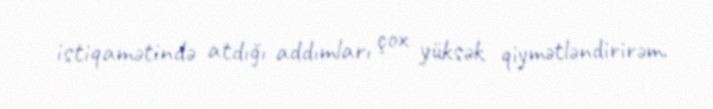
istiqamətində atdığı addımları çox yüksək qiymətləndirirəm.